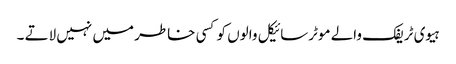
ہیوی ٹریفک والے موٹرسائیکل والوں کو کسی خاطر میں نہیں لاتے ۔